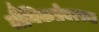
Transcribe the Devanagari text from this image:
लैंगिकतेवरच्या